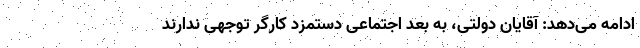
ادامه می‌دهد: آقایان دولتی، به بُعد اجتماعی دستمزد کارگر توجهی ندارند